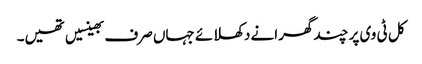
کل ٹی وی پر چند گھرانے دکھلائے جہاں صرف بھینسیں تھیں۔